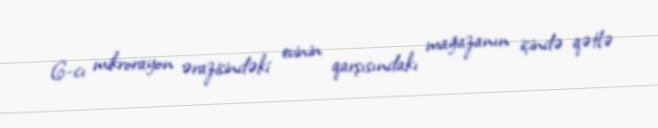
6-cı mikrorayon ərazisindəki evinin qarşısındakı mağazanın içində qətlə